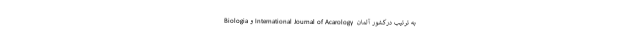
Biologia و International Journal of Acarology  به ترتیب درکشور آلمان